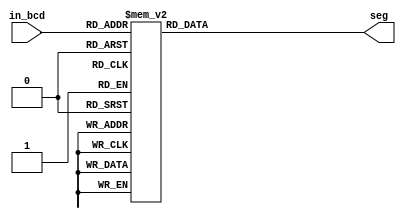

module bcd_2seg (in_bcd,seg);
	
	
	input wire [3:0] in_bcd;
	output reg [0:6] seg; 
	
	// At input change 
    always @(in_bcd)
    begin
        case (in_bcd) 
            0 : seg <= ~7'b1000000;  // g f e d c b a Active Low
            1 : seg <= ~7'b1111001;
            2 : seg <= ~7'b0100100;
            3 : seg <= ~7'b0110000;
            4 : seg <= ~7'b0011001;
            5 : seg <= ~7'b0010010;
            6 : seg <= ~7'b0000010;
            7 : seg <= ~7'b1111000;
            8 : seg <= ~7'b0000000;
            9 : seg <= ~7'b0010000;
            10: seg <= ~7'b0001000; //A
            11: seg <= ~7'b1001000; //n
            12: seg <= ~7'b1000110; //C
            13: seg <= ~7'b0100001; //d
            14: seg <= ~7'b0000110; //E
            15: seg <= ~7'b1111111; //F
            
            default : seg <= 7'b1111111;    // Default off
        endcase
    end
    
endmodule